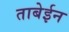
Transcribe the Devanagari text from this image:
ताबेईन